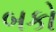
બકો